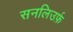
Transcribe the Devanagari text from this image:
सनलिउर्फ़